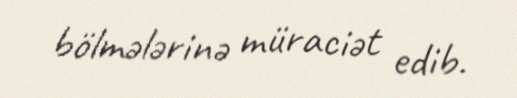
bölmələrinə müraciət edib.